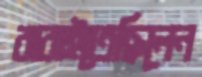
ঝরাইতেছিলেন